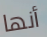
أنها